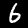
Digit: 6